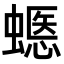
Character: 𧏽